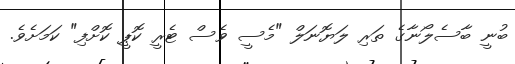
ބުނީ ބާސެލޯނާގެ ތަރި ލަޔޮނަލް "މެސީ ވެސް ޓެރީ ކޮޕީ ކޮށްފި" ކަމަށެވެ.